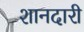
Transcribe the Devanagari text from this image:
शानदारी